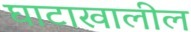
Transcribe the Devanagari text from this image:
घाटाखालील